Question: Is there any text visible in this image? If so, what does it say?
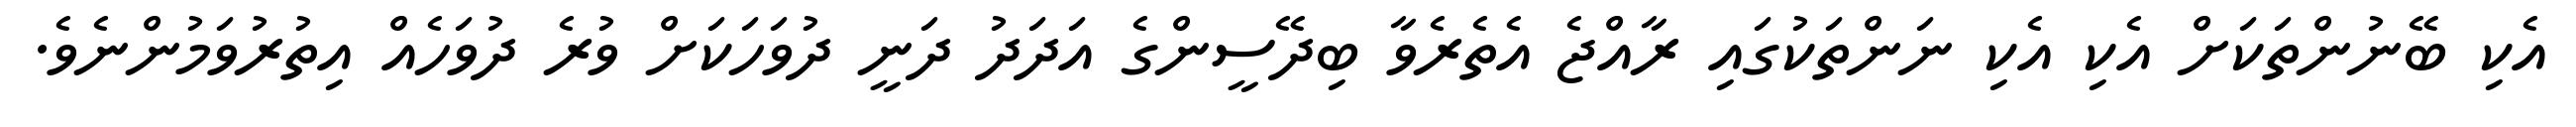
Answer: އެކި ބޭނުންތަކަށް އެކި އެކި ނަންތަކުގައި ރާއްޖެ އެތެރެވާ ބިދޭސީންގެ އަދަދު ދަނީ ދުވަހަކަށް ވުރެ ދުވަހެއް އިތުރުވަމުންނެވެ.